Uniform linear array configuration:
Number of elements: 64
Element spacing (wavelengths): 0.5
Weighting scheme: hamming
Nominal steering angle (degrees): -60
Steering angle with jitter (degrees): -59.528
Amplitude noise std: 0.05
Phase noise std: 0.05

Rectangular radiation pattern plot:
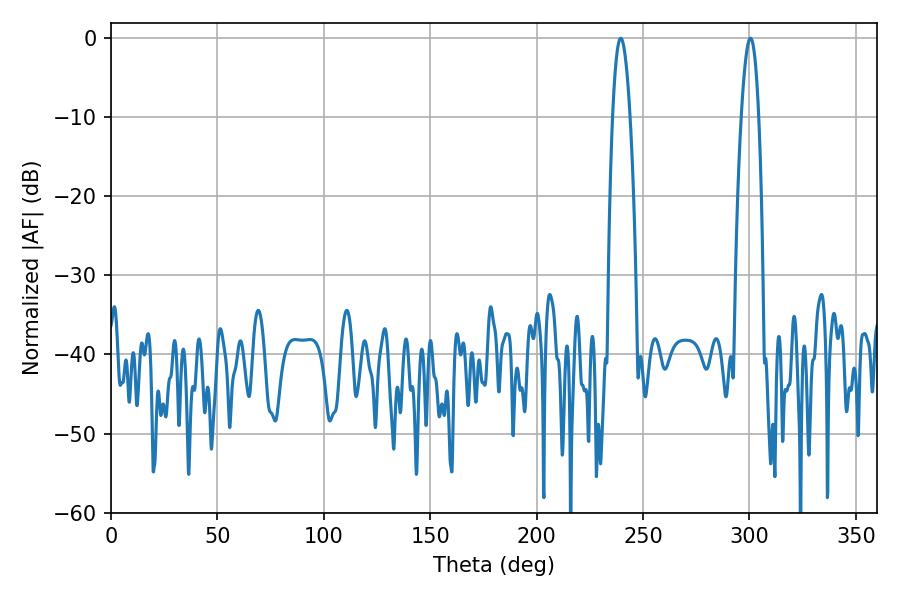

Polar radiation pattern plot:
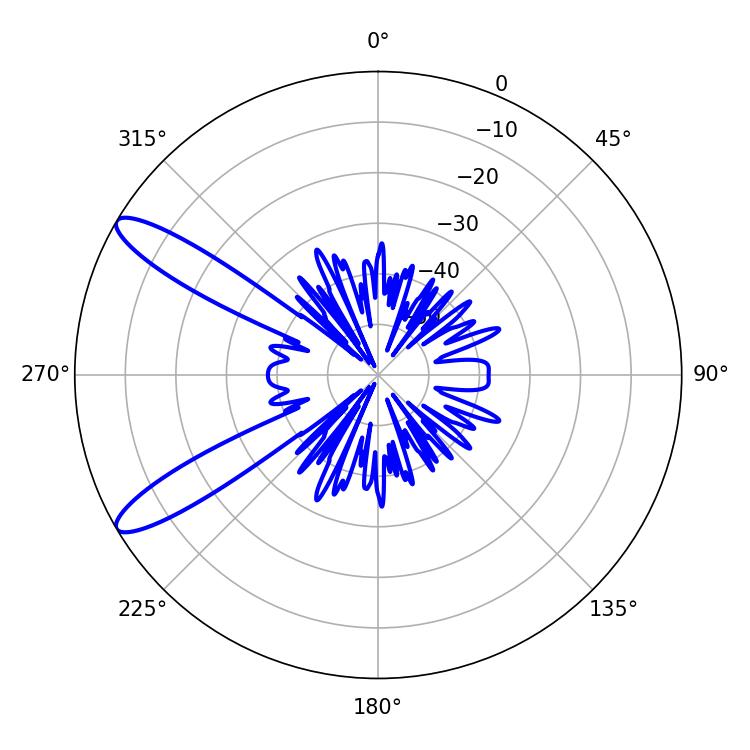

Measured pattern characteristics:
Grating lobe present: FALSE
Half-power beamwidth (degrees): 4.5
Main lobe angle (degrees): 300.42